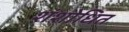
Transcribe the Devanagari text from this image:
शंशोधित